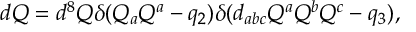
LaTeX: d Q = d ^ { 8 } Q \delta ( { Q _ { a } Q ^ { a } - q _ { 2 } } ) \delta ( { d _ { a b c } Q ^ { a } Q ^ { b } Q ^ { c } - q _ { 3 } } ) ,